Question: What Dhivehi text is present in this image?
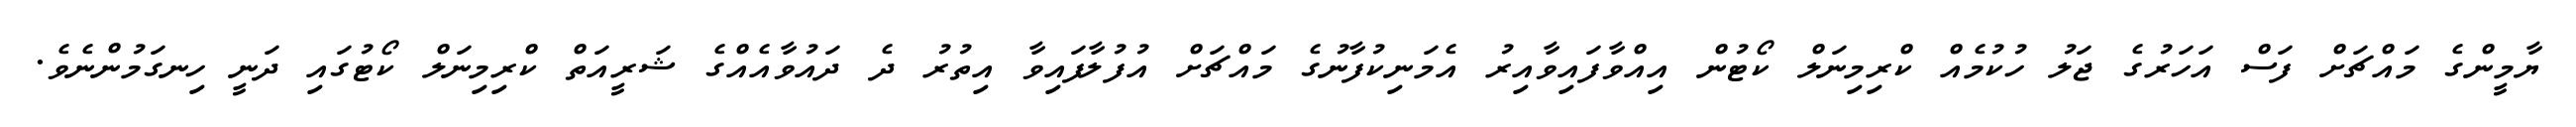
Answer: ޔާމީންގެ މައްޗަށް ފަސް އަހަރުގެ ޖަލު ހުކުމެއް ކްރިމިނަލް ކޯޓުން އިއްވާފައިވާއިރު އެމަނިކުފާނުގެ މައްޗަށް އުފުލާފައިވާ އިތުރު ދެ ދައުވާއެއްގެ ޝަރީއަތް ކްރިމިނަލް ކޯޓުގައި ދަނީ ހިނގަމުންނެވެ.